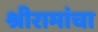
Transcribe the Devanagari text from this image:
श्रीरामांचा